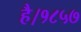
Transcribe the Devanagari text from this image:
है।१८५७